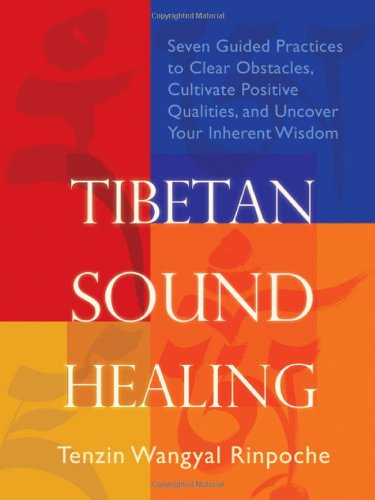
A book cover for Tibetan Sound Healing: Seven Guided Practices to Clear Obstacles, Cultivate Positive Qualities, and Uncover Your Inherent Wisdom; Tenzin Wangyal Rinpoche; Religion & Spirituality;